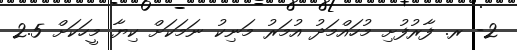
2- ރ. ފާރުފުށި މުހައްމަދު އުމަރު މަނިކު ނަމަކަށް ކިޔާ މީހަކަށް 2.5